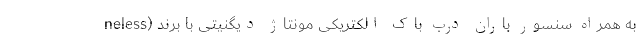
neless) به همراه سنسور باران درب باک الکتریکی مونتاژ دیگنیتی با برند